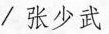
/ 张少武